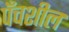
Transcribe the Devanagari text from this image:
पँचशील